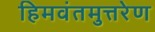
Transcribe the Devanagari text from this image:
हिमवंतमुत्तरेण